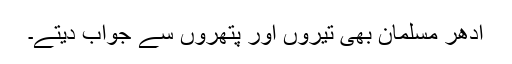
ادھر مسلمان بھی تیروں اور پتھروں سے جواب دیتے۔